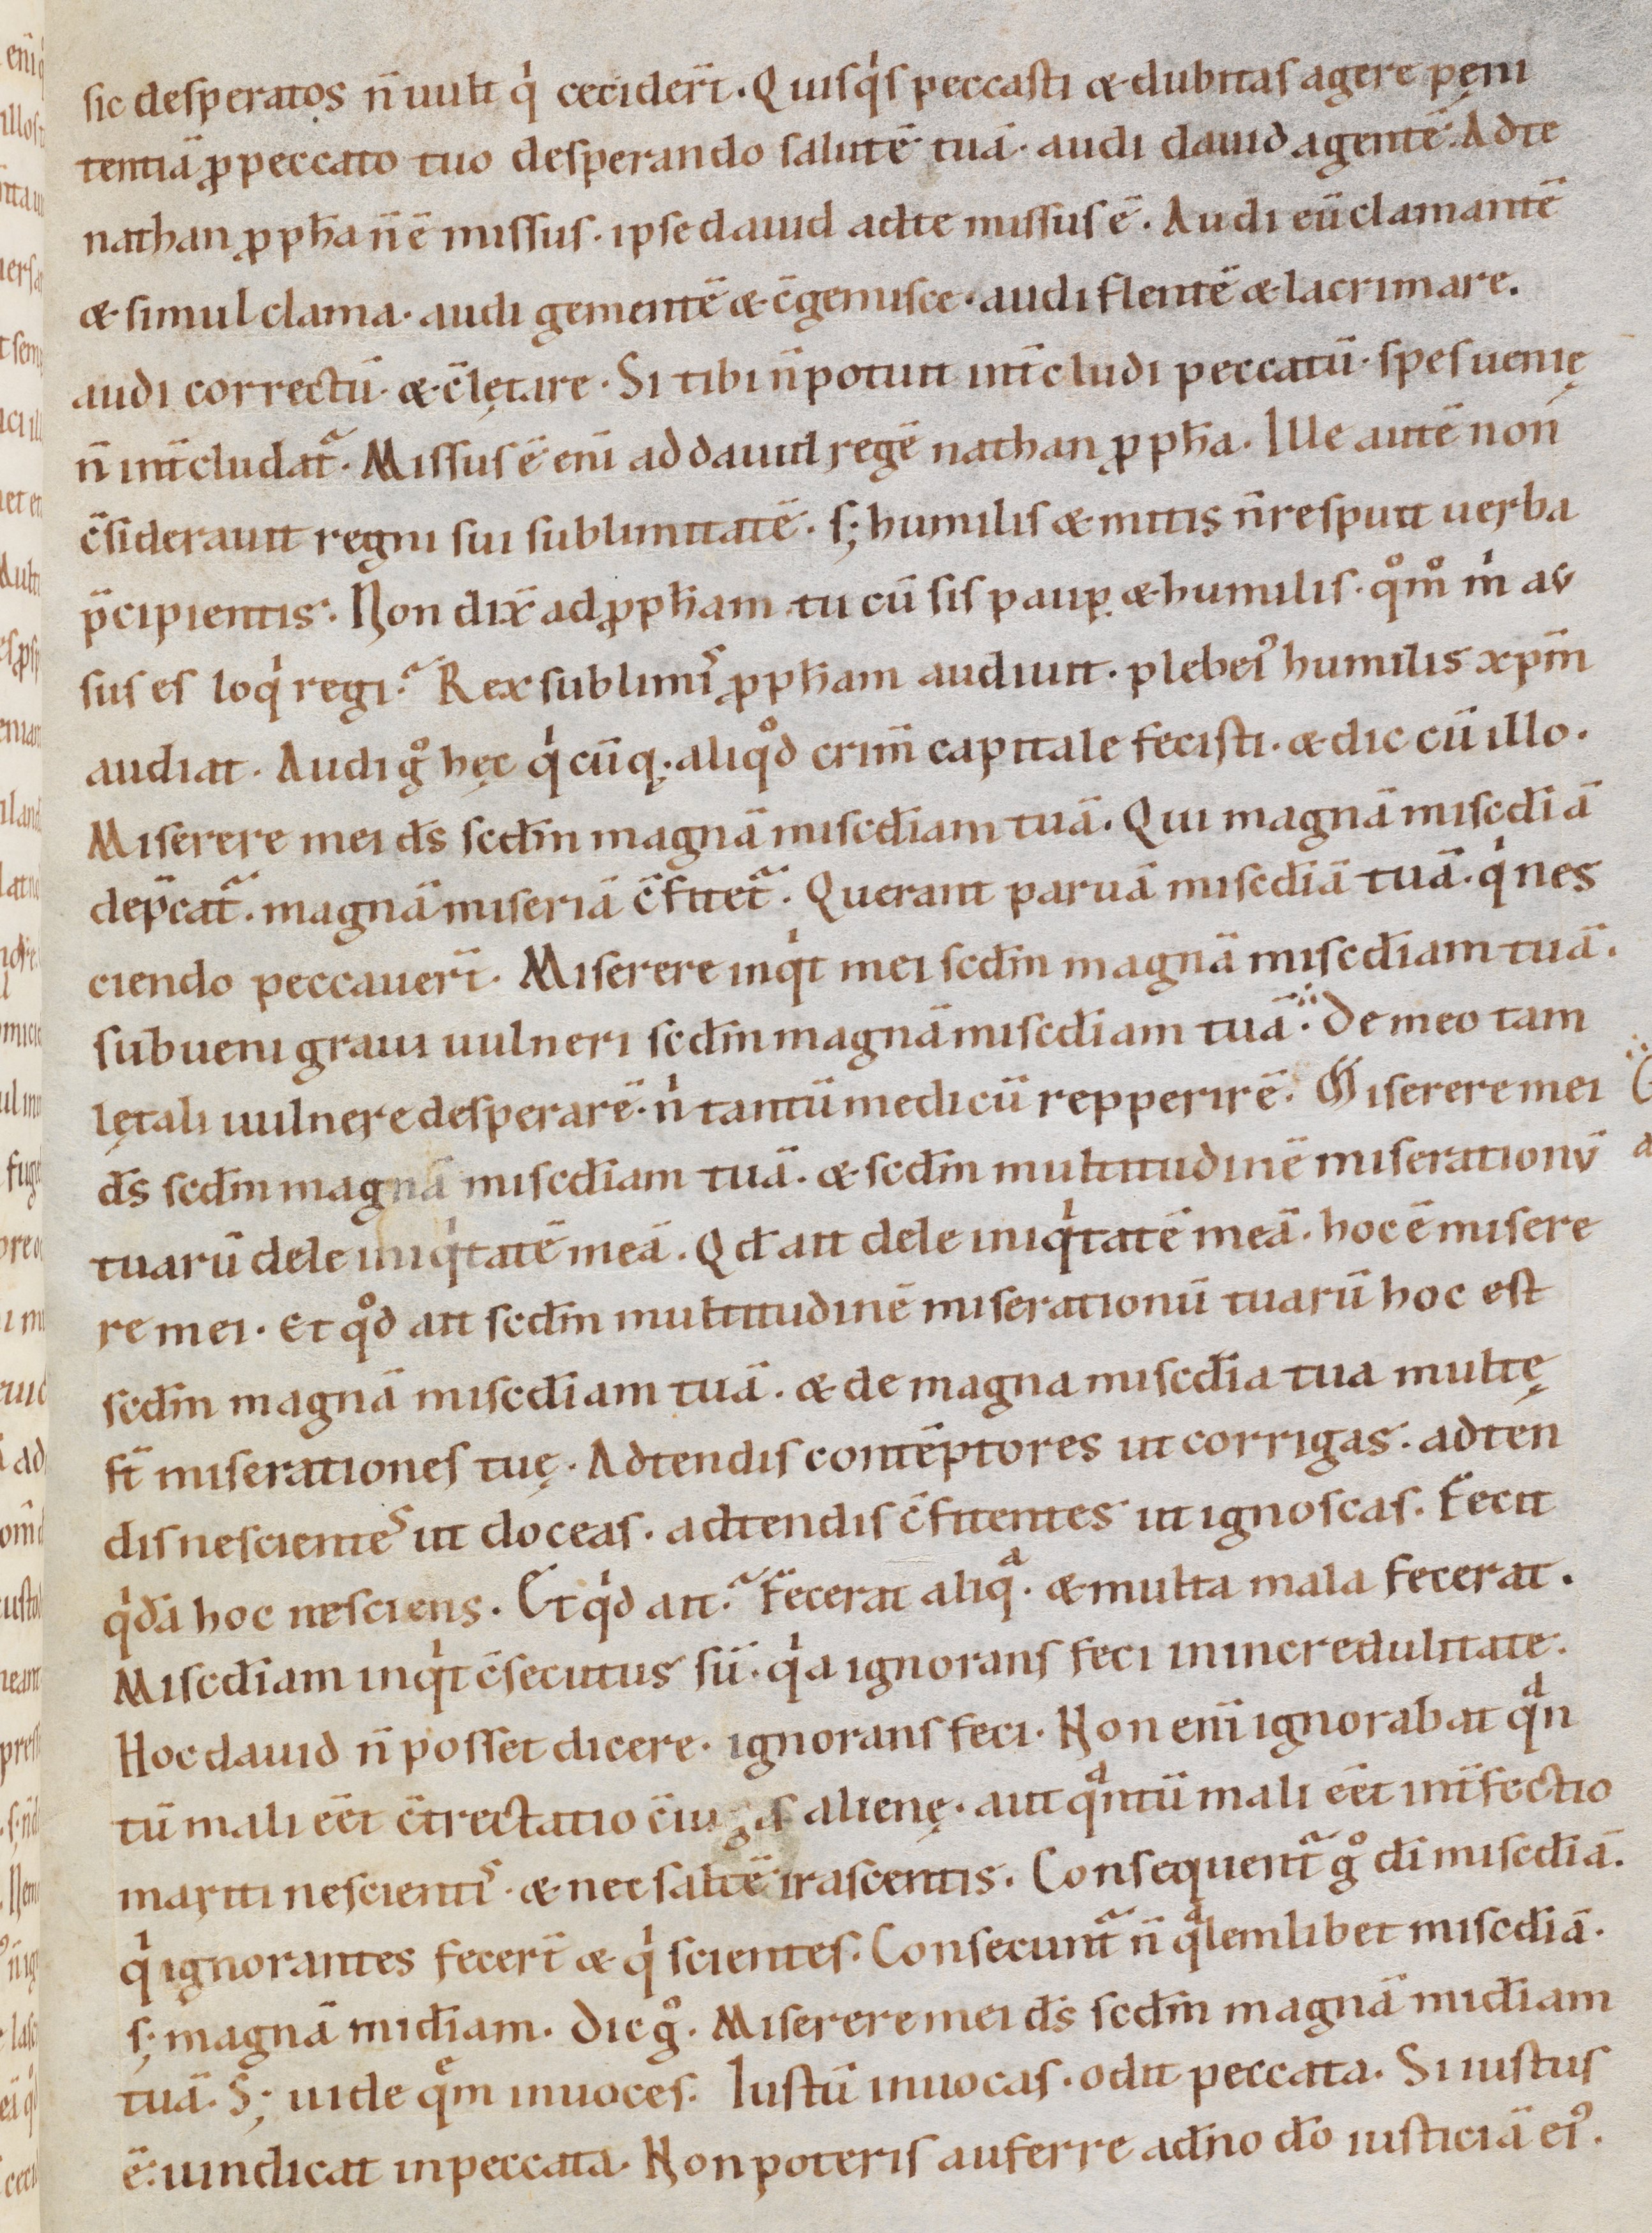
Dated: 1080–1096